Indian journal of veterinary science and animal husbandry - Volumes 15-17, 1948-1951
Year: 1948
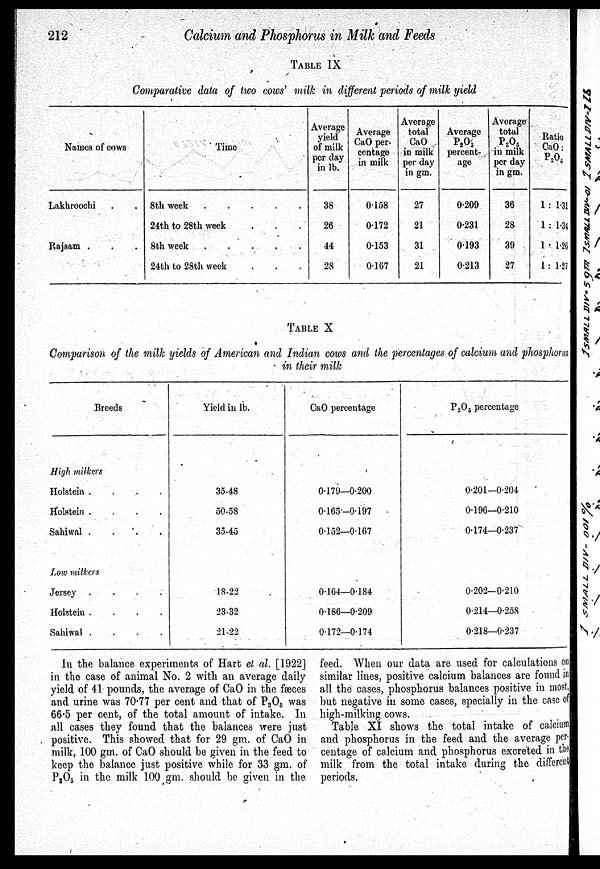
212
Calcium and Phosphorus in Milk and Feeds
TABLE IX
Comparative data of two cows' milk in different periods of milk yield
Names of cows
Lakhroochi ..
Rajsam .
Time
8th week
24th to 28th week
8th week
24th to 28th week
Average
yield
of milk
per day
in lb.
38
26
44
28
Average
CaO per-
centage
in milk
0.158
0.172
0.153
0.167
Average
total
CaO
in milk
per day
in gm.
27
21
31
21
Average
P 2 O 5
percent-
age
0.209
0.231
0.193
0.213
Average
total
P 2 O 5
in milk
per day
in gm.
36
28
39
27
Ratio
CaO :
P 2 O 5
1 : 1. 31
1 : 1. 34
1 : 1. 26
1 : 1. 27
TABLE X
Comparison of the milk yields of American and Indian cows and the percentages of calcium and phosphorus
in their milk
Breeds
High milkers
Holstein
....
Holstein
....
Sahiwal
....
Low milkers
Jersey
....
Holstein
....
Sahiwal
....
Yield in lb.
35-48
50-58
35-45
18-22
23-32
21-22
CaO percentage
0.179—0.200
0.165—0.197
0.152—0.167
0.164—0.184
0.186—0.209
0.172—0.174
P 2 O 5 percentage
0.201—0.204
0.196—0.210
0.174—0.237
0.202—0.210
0.214—0.258
0.218—0.237
In the balance experiments of Hart et al. [1922]
in the case of animal No. 2 with an average daily
yield of 41 pounds, the average of CaO in the fæces
and urine was 70.77 per cent and that of P 2 O 5 was
66.5 per cent, of the total amount of intake. In
all cases they found that the balances were just
positive. This showed that for 29 gm. of CaO in
milk, 100 gm. of CaO should be given in the feed to
keep the balance just positive while for 33 gm. of
P 2 O 5 in the milk 100 gm. should be given in the
feed. When our data are used for calculations on
similar lines, positive calcium balances are found in
all the cases, phosphorus balances positive in most,
but negative in some cases, specially in the case of
high-milking cows.
Table XI shows the total intake of calcium
and phosphorus in the feed and the average per-
centage of calcium and phosphorus excreted in the
milk from the total intake during the different
periods.